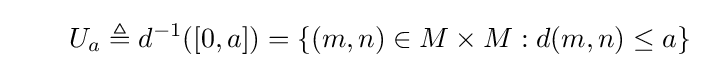
\qquad U_{a}\triangleq d^{-1}([0,a])=\{(m,n)\in M\times M:d(m,n)\leq a\}